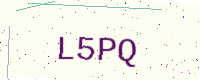
Text: L5PQ